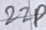
Text: 22P